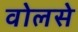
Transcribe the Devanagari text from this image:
वोलसे